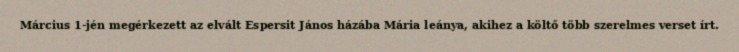
Március 1-jén megérkezett az elvált Espersit János házába Mária leánya, akihez a költő több szerelmes verset írt.